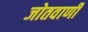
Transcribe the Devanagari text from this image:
जोतवाणी